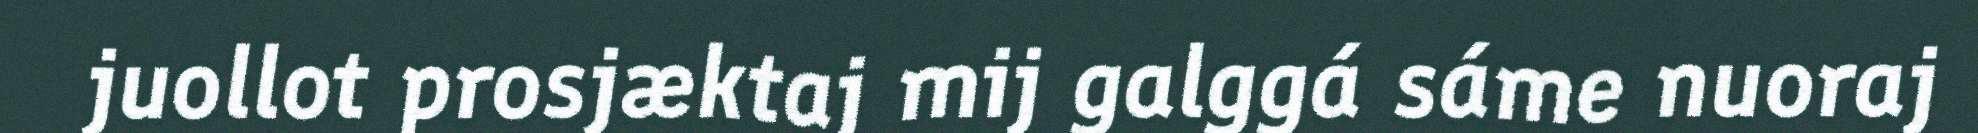
juollot prosjæktaj mij galggá sáme nuoraj